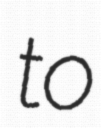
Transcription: to